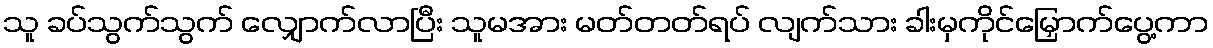
သူ ခပ်သွက်သွက် လျှောက်လာပြီး သူမအား မတ်တတ်ရပ် လျက်သား ခါးမှကိုင်မြှောက်ပွေ့ကာ